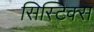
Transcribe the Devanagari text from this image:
सिस्टिक्स